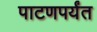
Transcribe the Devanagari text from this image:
पाटणपर्यंत